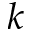
k